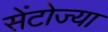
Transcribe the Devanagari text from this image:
सेंटोज्या